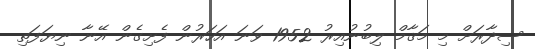
ސިދާރަށް މި މަޤާމް ލިބުނުއިރު 1952 ވަނަ އަހަރުން ފެށިގެން އޭނާ ނިޔަފަތި